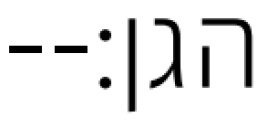
הגן׃--